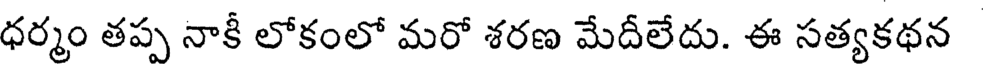
ధర్మం తప్ప నాకీ లోకంలో మరో శరణ మేదీలేదు. ఈ సత్యకథన